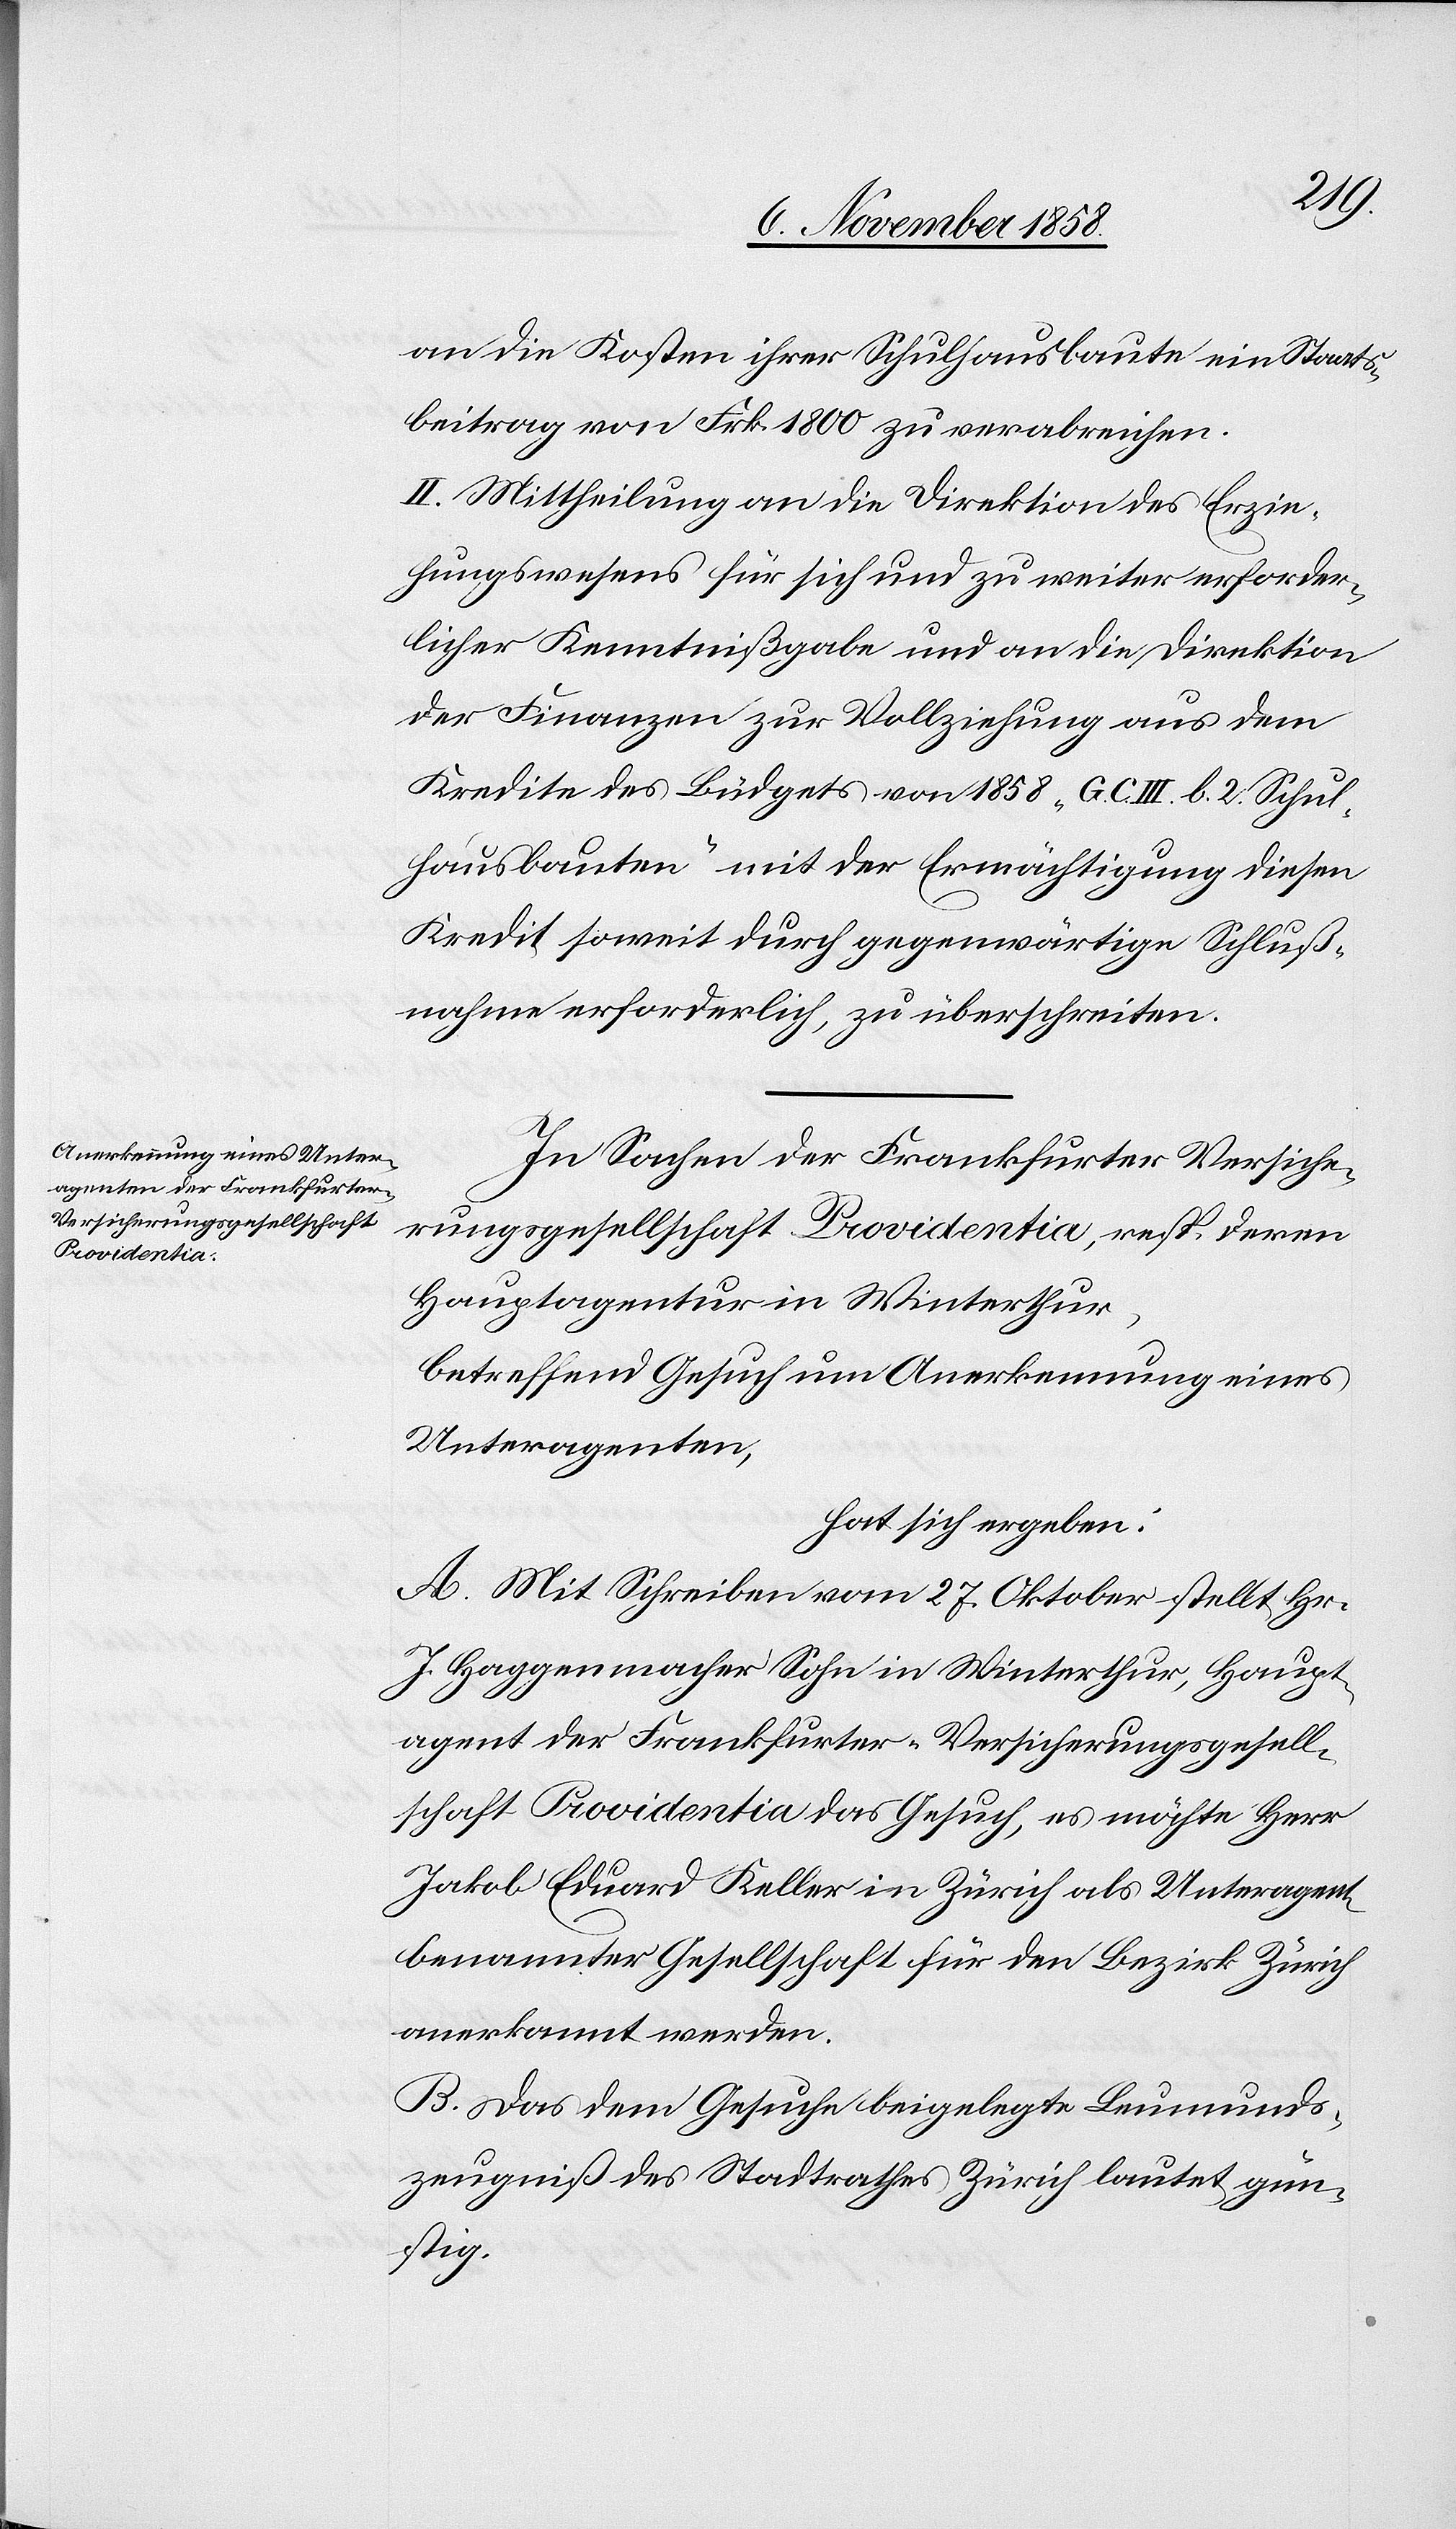
an die Kosten ihrer Schulhausbaute ein Staats¬
beitrag von Frk. 1800 zu verabreichen.
II. Mittheilung an die Direktion des Erzie¬
hungswesens für sich und zu weiter erforder¬
licher Kenntnißgabe und an die Direktion
der Finanzen zur Vollziehung aus dem
Kredite des Büdgets von 1858 „G. C. III. b. 2. Schul¬
hausbauten“ mit der Ermächtigung diesen
Kredit soweit durch gegenwärtige Schluß¬
nahme erforderlich, zu überschreiten.
In Sachen der Frankfurter Versiche¬
rungsgesellschaft Providentia, resp. deren
Hauptagentur in Winterthur,
betreffend Gesuch um Anerkennung eines
Unteragenten,
hat sich ergeben:
A. Mit Schreiben vom 27. Oktober stellt Hr.
J. Haggenmacher Sohn in Winterthur, Haupt¬
agent der Frankfurter-Versicherungsgesell¬
schaft Providentia das Gesuch, es möchte Herr
Jakob Eduard Keller in Zürich als Unteragent[en]
benannter Gesellschaft für den Bezirk Zürich
anerkannt werden.
B. Das dem Gesuche beigelegte Leumunds¬
zeugniß des Stadtrathes Zürich lautet gün¬
stig.